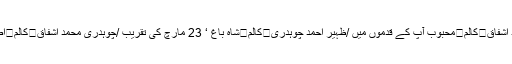
کالم	تھانہ کلرسیداں پولیس جرائم پر قابو پانے میں ناکام/چوہدری محمد اشفاق	کالم	محبوب آپ کے قدموں میں /ظہیر احمد چوہدری	کالم	شاہ باغ ‘ 23 مارچ کی تقریب /چوہدری محمد اشفاق	کالم	اصلیتیں نیتیں اور ان کے پھل - تحریر فرحت زمان	کالم	پکیاں سڑکاں۔